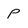
Character: p